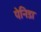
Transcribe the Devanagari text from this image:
पेनिडा